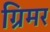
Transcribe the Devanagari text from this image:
ग्रिमर